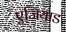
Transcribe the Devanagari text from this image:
एजियाड